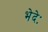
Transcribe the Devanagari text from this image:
भेदेः